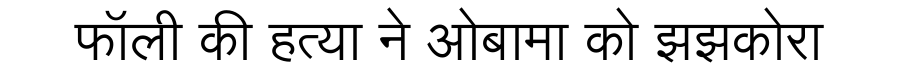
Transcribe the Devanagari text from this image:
फॉली की हत्या ने ओबामा को झझकोरा